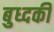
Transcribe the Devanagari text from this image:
बुध्दकी